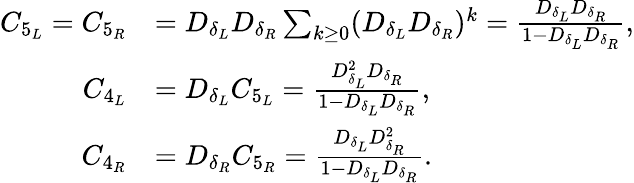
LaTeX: \begin{array}{rl}{C_{5_{L}}=C_{5_{R}}}&{=D_{\delta_{L}}D_{\delta_{R}}\sum_{k\geq 0}(D_{\delta_{L}}D_{\delta_{R}})^{k}=\frac{D_{\delta_{L}}D_{\delta_{R}}}{1-D_{\delta_{L}}D_{\delta_{R}}}\mathrm{,}}\\ {C_{4_{L}}}&{=D_{\delta_{L}}C_{5_{L}}=\frac{D_{\delta_{L}}^{2}D_{\delta_{R}}}{1-D_{\delta_{L}}D_{\delta_{R}}}\mathrm{,}}\\ {C_{4_{R}}}&{=D_{\delta_{R}}C_{5_{R}}=\frac{D_{\delta_{L}}D_{\delta_{R}}^{2}}{1-D_{\delta_{L}}D_{\delta_{R}}}\mathrm{.}}\end{array}